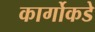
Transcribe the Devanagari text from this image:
कार्गोकडे